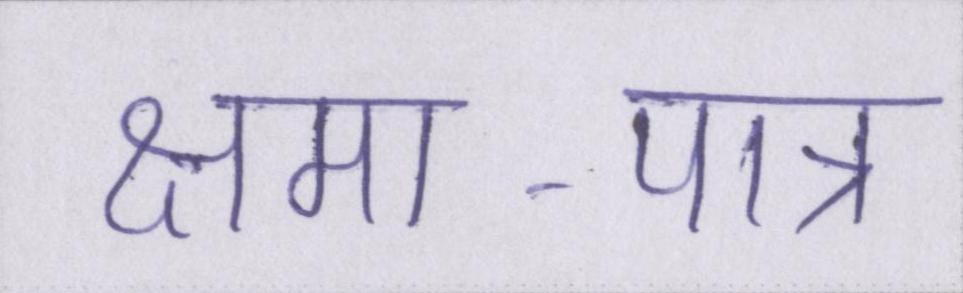
क्षमा-पात्र